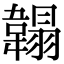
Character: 䪚